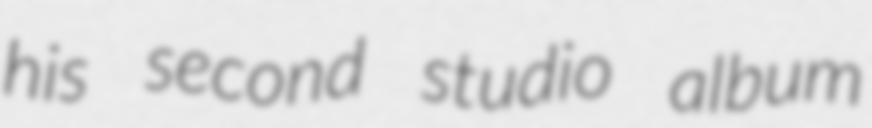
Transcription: his second studio album